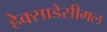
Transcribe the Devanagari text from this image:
हेक्साडेसीमल